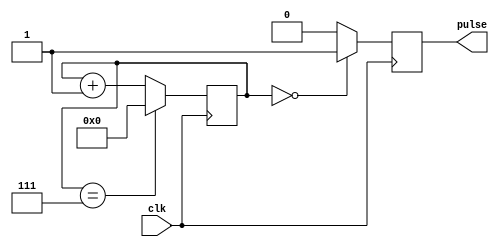
module synchronous_pulse_generator (
    input wire clk,
    output wire pulse
);

reg [15:0] counter;
reg pulse_reg;

always @(posedge clk) begin
    if (counter == 0) begin
        pulse_reg <= 1'b1;
    end else begin
        pulse_reg <= 1'b0;
    end

    if (counter == 4'd7) begin
        counter <= 0;
    end else begin
        counter <= counter + 1;
    end
end

assign pulse = pulse_reg;

endmodule